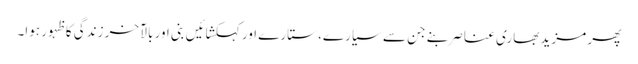
پھر مزید بھاری عناصر بنے جن سے سیارے، ستارے اور کہکشائیں بنی اور بالآخر زندگی کا ظہور ہوا۔